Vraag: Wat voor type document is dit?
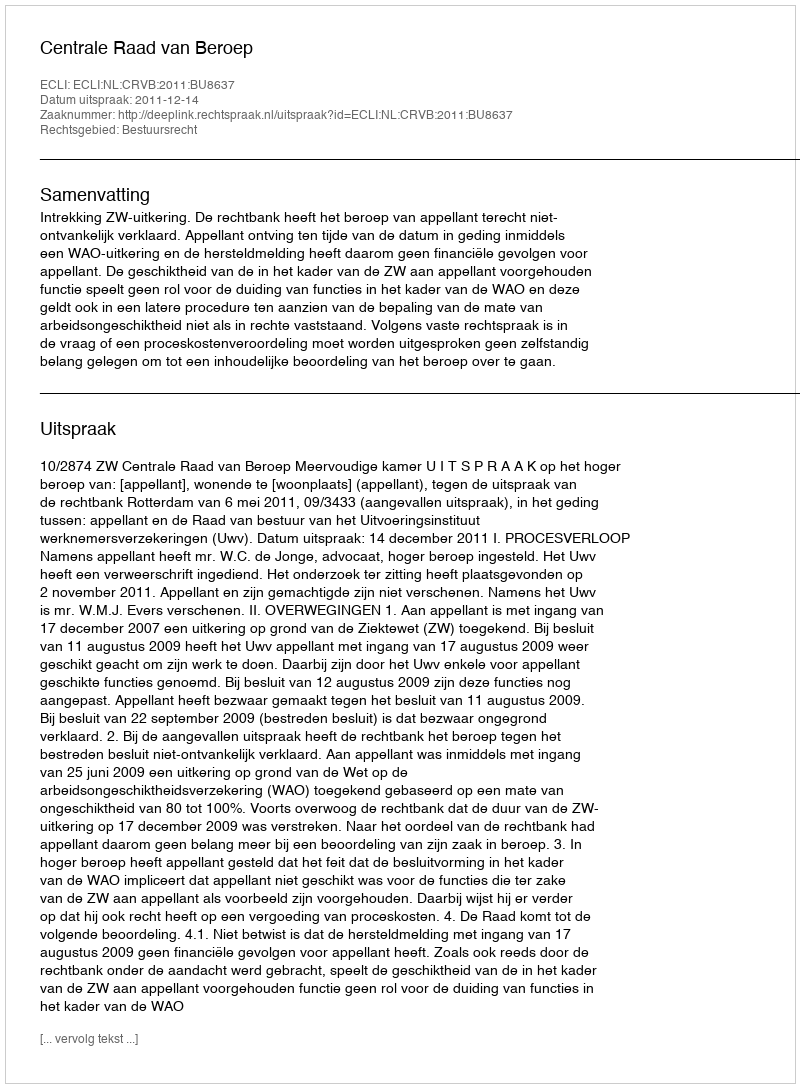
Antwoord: Uitspraak